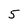
Character: 5